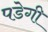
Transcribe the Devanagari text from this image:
पडेगी